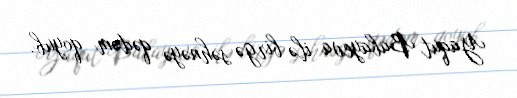
Yaqut Babayeva ilə birgə səhnəyə qədəm qoyub.